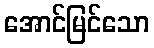
အောင်မြင်သော